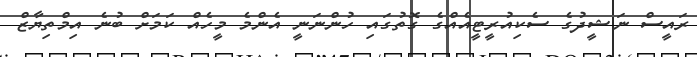
ރައީސް ނަޝީދުގެ ސެކިއުރީޓީއެއްގެ ގޮތުގައި ހުންނަނީ އެންމެ މީހެއް ކަމަށް ބުނެ އިމްތިޔާޒް